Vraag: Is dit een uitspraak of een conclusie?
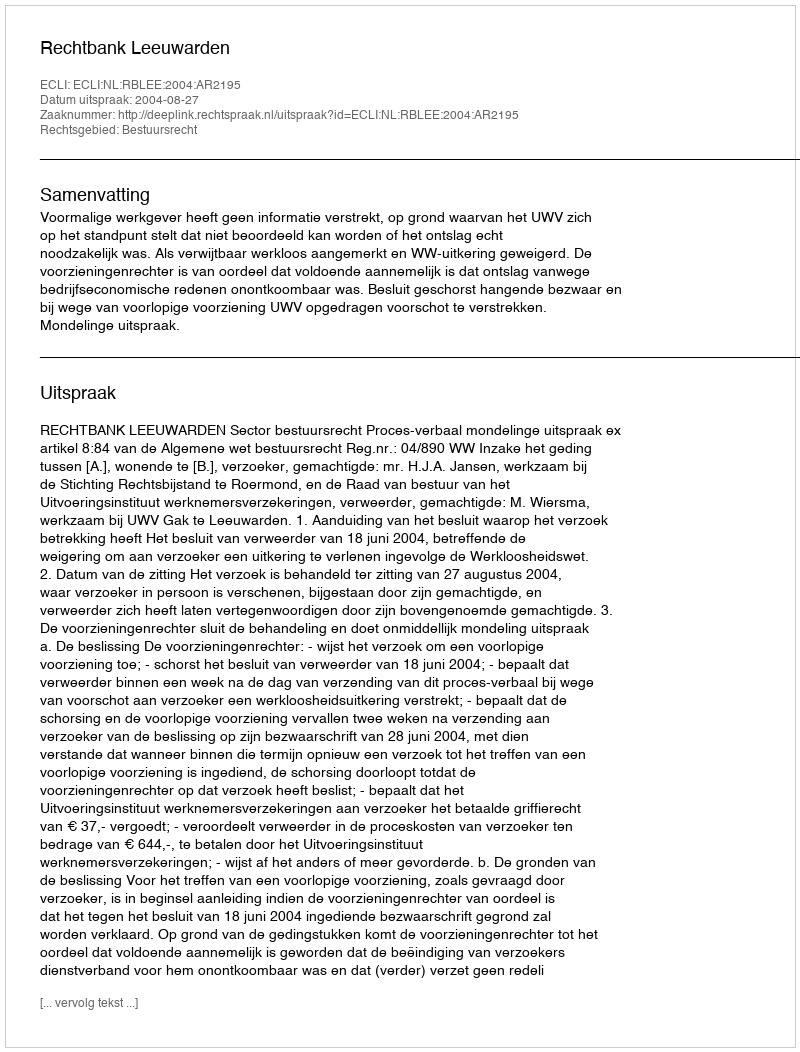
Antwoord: Uitspraak